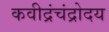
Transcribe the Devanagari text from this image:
कवीद्रंचंद्रोदय